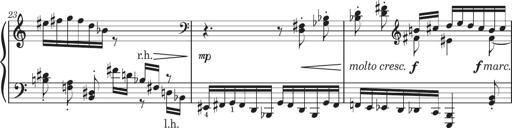
Title: Sonatine in 3 SÃ¤tzen
Composer: Gertrud Schweizer